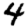
Digit: 4